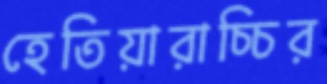
হেতিয়ারাচ্চির